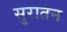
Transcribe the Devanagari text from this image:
सुरातन